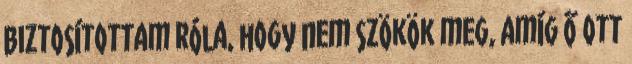
Biztosítottam róla, hogy nem szökök meg, amíg ő ott